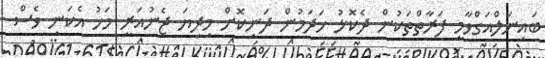
ބައިނަލްއަގްވާމީ ފަރާތްތަކުން ދެކޮޅު ހަދަމުން ދަނިކޮށް މިދިޔަ ޖެނުއަރީ މަހު އެކަނި ވެސް